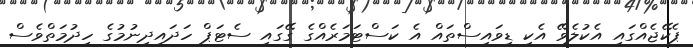
ޕެކޭޖެއްގައި އެކުލެވޭ އެކި ޑިވައިސްތައް އެ ކަސްޓަމަރެއްގެ ގޭގައި ސެޓަޕް ހަދައިދިނުމުގެ ހިދުމަތްވެސް